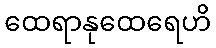
ထေရာနုထေရေဟိ